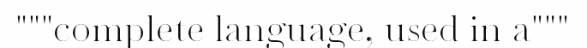
"""complete language, used in a"""